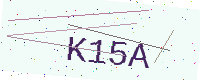
Text: K15A